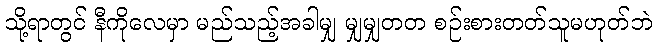
သို့ရာတွင် နီကိုလေမှာ မည်သည့်အခါမျှ မျှမျှတတ စဉ်းစားတတ်သူမဟုတ်ဘဲ